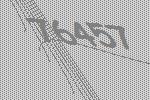
76457